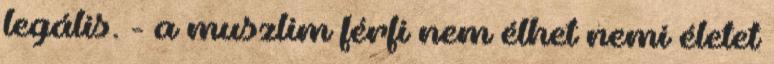
legális. - a muszlim férfi nem élhet nemi életet